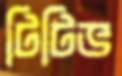
টিটিভ